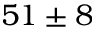
5 1 \pm 8